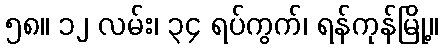
၅၈။ ၁၂ လမ်း၊ ၃၄ ရပ်ကွက်၊ ရန်ကုန်မြို့။